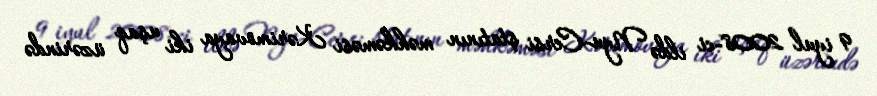
9 iyul 2008-ci ildə Nyu-Cersi ştatının məhkəməsi Kərimovaya iki uşaq üzərində